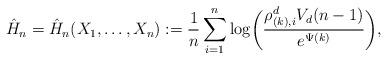
LaTeX: \begin{align*}\hat{H}_n = \hat{H}_n(X_1,\ldots,X_n) := \frac{1}{n}\sum_{i=1}^n \log \biggl(\frac{\rho_{(k),i}^d V_d (n-1)}{e^{\Psi(k)}}\biggr),\end{align*}